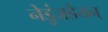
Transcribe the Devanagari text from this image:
नेडुंजडैयन्